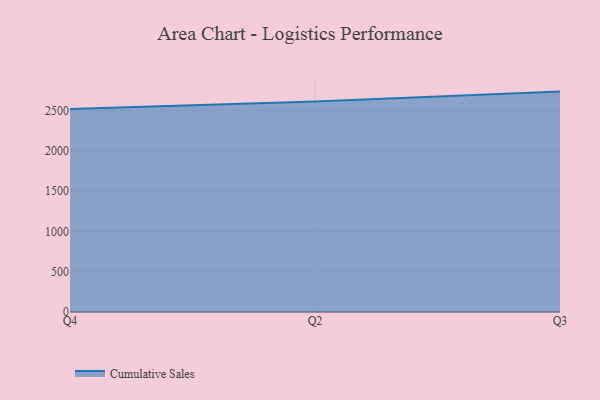
{"axis": {"x": "Quarter", "y": "Budget (USD K)"}, "legend": ["Cumulative Sales"], "data": [{"x": "Q4", "y": 2517.4, "type": "Cumulative Sales"}, {"x": "Q2", "y": 2611.5, "type": "Cumulative Sales"}, {"x": "Q3", "y": 2734.8, "type": "Cumulative Sales"}]}